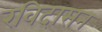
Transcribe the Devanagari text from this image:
रविदासन